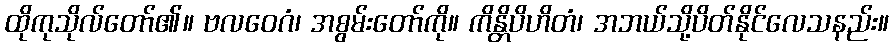
ထိုကုသိုလ်တော်၏။ ဗလဝေဂံ၊ အစွမ်းတော်ကို။ ကိန္တိပိဟိတံ၊ အဘယ်သို့ပိတ်နိုင်လေသနည်း။